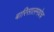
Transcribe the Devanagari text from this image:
बारिसालमधेच